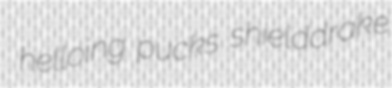
helloing pucks shielddrake